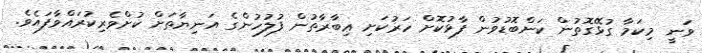
ވަނީ މިކަމާ ގުޅޭގޮތުން ކަންބޮޑުވުން ފާޅުކޮށް ހަރުކަށި ޢިބާރާތުން ފުލުހުންގެ އަނިޔާތަށް ކުށްވެރިކުރައްވާފައެވެ.